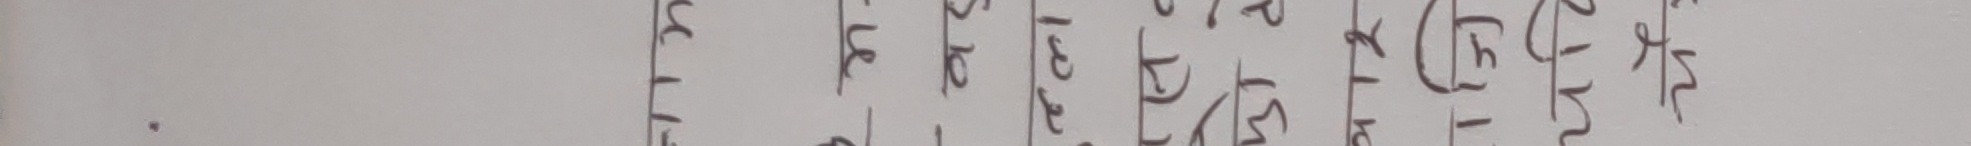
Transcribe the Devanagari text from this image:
१३३२ के रिस्ते लाई क्याप्सुल